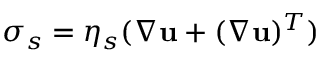
\boldsymbol { \sigma } _ { s } = \eta _ { s } ( \boldsymbol { \nabla } \mathbf { u } + ( \boldsymbol { \nabla } \mathbf { u } ) ^ { T } )